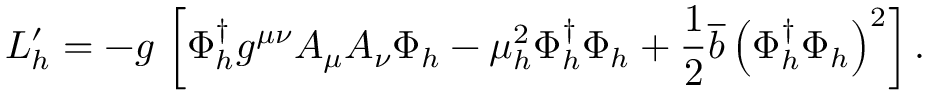
{ \cal L } _ { h } ^ { \prime } = - g \, \left[ \Phi _ { h } ^ { \dagger } g ^ { \mu \nu } A _ { \mu } A _ { \nu } \Phi _ { h } - \mu _ { h } ^ { 2 } \Phi _ { h } ^ { \dagger } \Phi _ { h } + \frac { 1 } { 2 } \overline { { { b } } } \left( \Phi _ { h } ^ { \dagger } \Phi _ { h } \right) ^ { 2 } \right] .